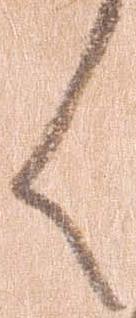
く